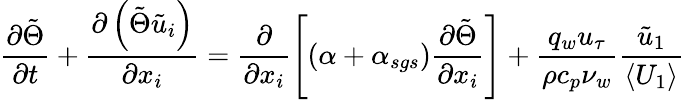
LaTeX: \frac{\partial\tilde{\Theta}}{\partial t}+\frac{\partial\left(\tilde{\Theta}\tilde{u}_{i}\right)}{\partial x_{i}}=\frac{\partial}{\partial x_{i}}\left[\left(\alpha+\alpha_{sgs}\right)\frac{\partial\tilde{\Theta}}{\partial x_{i}}\right]+\frac{q_{w}u_{\tau}}{\rho c_{p}\nu_{w}}\frac{\tilde{u}_{1}}{\left<U_{1}\right>}